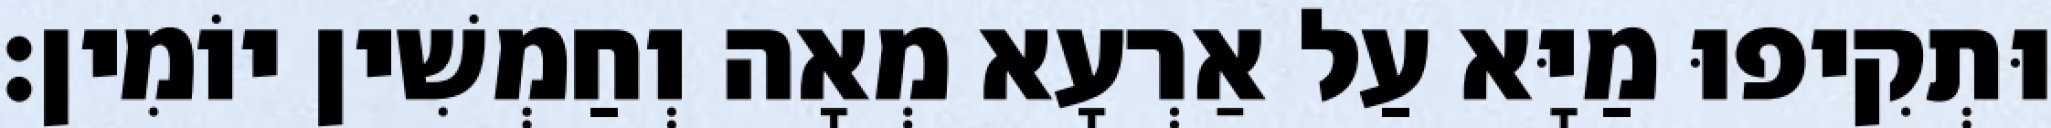
וּתְקִיפוּ מַיָּא עַל אַרְעָא מְאָה וְחַמְשִׁין יוֹמִין׃